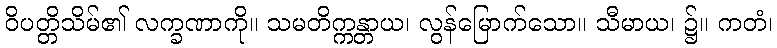
ဝိပတ္တိသိမ်၏ လက္ခဏာကို။ သမတိက္ကန္တာယ၊ လွန်မြောက်သော။ သီမာယ၊ ၌။ ကတံ၊